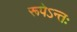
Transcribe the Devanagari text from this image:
रूपेऽन्तः